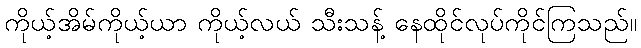
ကိုယ့်အိမ်ကိုယ့်ယာ ကိုယ့်လယ် သီးသန့် နေထိုင်လုပ်ကိုင်ကြသည်။